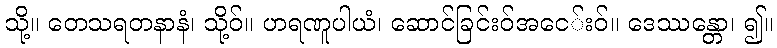
သို့။ တေသရတနာနံ၊ သို့ဝ်။ ဟရဏူပါယံ၊ ဆောင်ခြင်းဝ်အငေ်းဝ်။ ဒေဿန္တော၊ ၍။